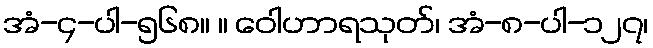
အံ-၄-ပါ-၅၆၈။ ။ ဝေါဟာရသုတ်၊ အံ-၈-ပါ-၁၂၇၊